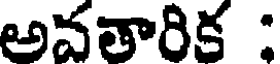
అవతారిక :